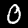
Label: 0